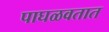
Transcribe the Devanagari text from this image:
पाघळवतात